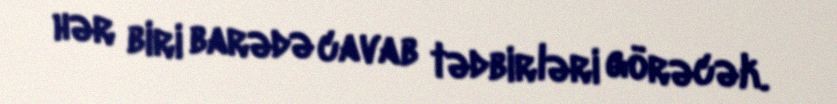
hər biri barədə cavab tədbirləri görəcək.